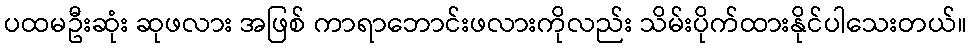
ပထမဦးဆုံး ဆုဖလား အဖြစ် ကာရာဘောင်းဖလားကိုလည်း သိမ်းပိုက်ထားနိုင်ပါသေးတယ်။